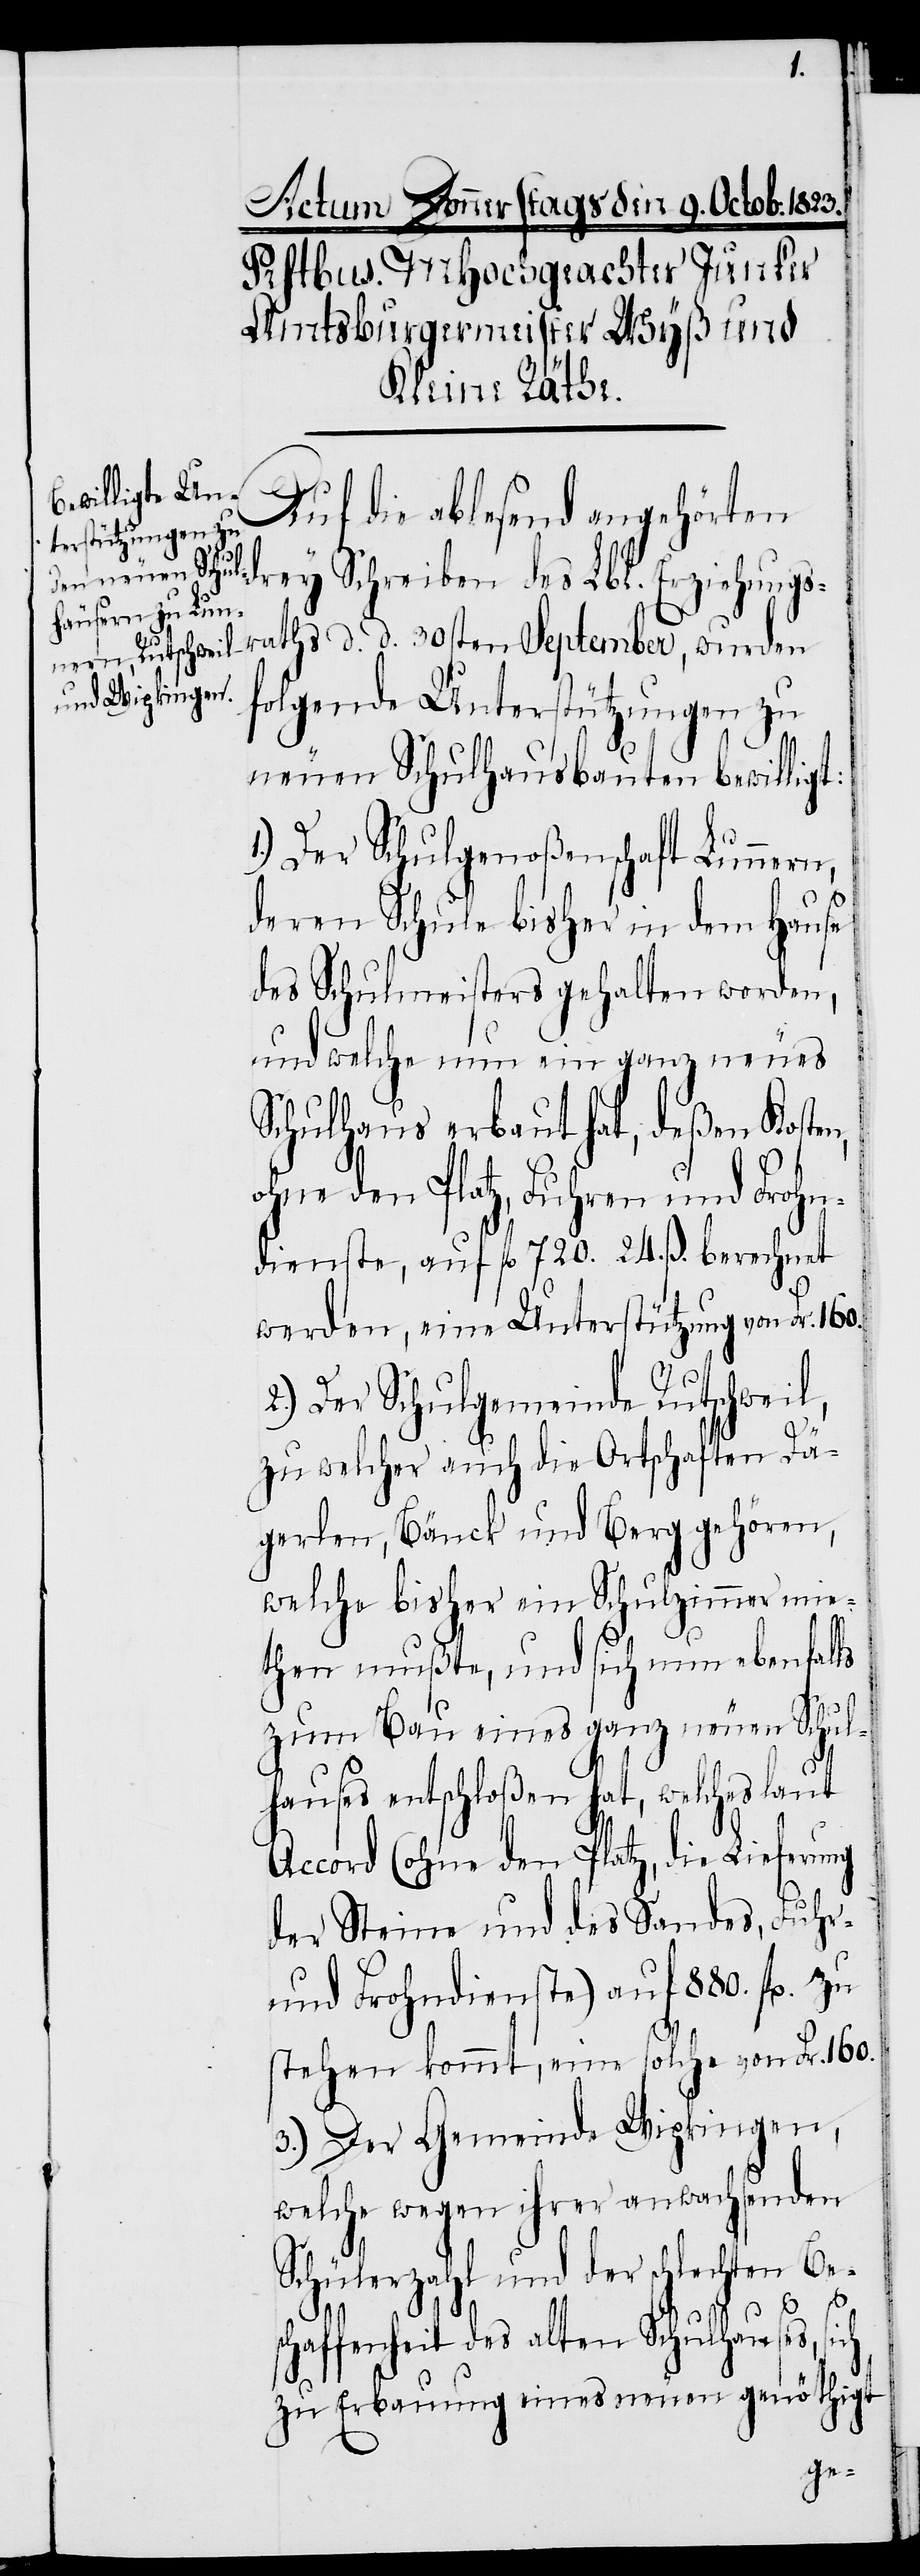
ng
Auf die ablesend angehört¬
en drey Schreiben des Lbl. Erziehungs¬
raths d. d. 30sten September, wurden
folgende Unterstützungen zu
neuen Schulhausbauten bewilligt:
1.) Der Schulgenoßenschaft Lunnern,
deren Schule bisher in dem Hause
des Schulmeisters gehalten worden,
und welche nun ein ganz neues
Schulhaus erbaut hat, deßen Kosten,
ohne den Platz, Fuhren und Frohn¬
dienste, auf fl 720. 24. ß. berechnet
werden, eine Unterstützung von Fr. 160.
2.) Der Schulgemeinde Rutschweil,
zu welcher auch die Ortschaften Dä¬
gerlen, Bänck und Berg gehören,
welche bisher ein Schulzimmer mie¬
then mußte, und sich nun ebenfalls
zum Bau eines ganz neuen Schul¬
hauses entschloßen, hat, welches laut
Accord (ohne den Platz, die Lieferu¬
der Steine und des Sandes, Fuhr-
und Frohndienste) auf 880. fl. zu
stehen kommt, eine solche von Fr. 160.
3.) Der Gemeinde Wipkingen,
welche wegen ihrer anwachsenden
Schülerzahl und der schlechten Be¬
schaffenheit des alten Schulhauses, sich
zu Erbauung eines neuen genöthigt